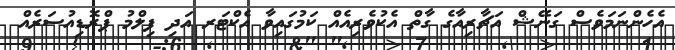
އެހެންނަމަވެސް ގަނޭޝް އަޗާރިއާގެ ގާތް އެކުވެރިއެއް ކަމުގައިވާ އެކްޓަރ އަދި ފިލްމު ޕްރޮޑިއުސަރެއް